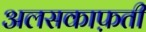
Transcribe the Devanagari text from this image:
अलसकाफ़ती